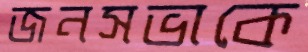
জনসভাকে